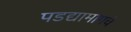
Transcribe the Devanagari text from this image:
पडद्यामागचे